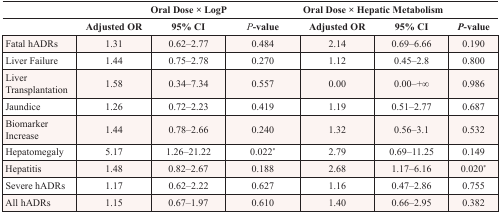
|  | <COLSPAN=3> Oral Dose × LogP | <COLSPAN=3> Oral Dose × Hepatic Metabolism |
 |  | Adjusted OR | 95% CI | P-value | Adjusted OR | 95% CI | P-value |
 | --- | --- | --- | --- | --- | --- | --- |
 | Fatal hADRs | 1.31 | 0.62–2.77 | 0.484 | 2.14 | 0.69–6.66 | 0.190 |
 | Liver Failure | 1.44 | 0.75–2.78 | 0.270 | 1.12 | 0.45–2.8 | 0.800 |
 | Liver Transplantation | 1.58 | 0.34–7.34 | 0.557 | 0.00 | 0.00–+∞ | 0.986 |
 | Jaundice | 1.26 | 0.72–2.23 | 0.419 | 1.19 | 0.51–2.77 | 0.687 |
 | Biomarker Increase | 1.44 | 0.78–2.66 | 0.240 | 1.32 | 0.56–3.1 | 0.532 |
 | Hepatomegaly | 5.17 | 1.26–21.22 | 0.022* | 2.79 | 0.69–11.25 | 0.149 |
 | Hepatitis | 1.48 | 0.82–2.67 | 0.188 | 2.68 | 1.17–6.16 | 0.020* |
 | Severe hADRs | 1.17 | 0.62–2.22 | 0.627 | 1.16 | 0.47–2.86 | 0.755 |
 | All hADRs | 1.15 | 0.67–1.97 | 0.610 | 1.40 | 0.66–2.95 | 0.382 |